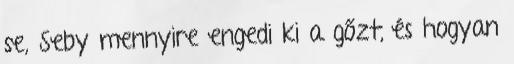
se, Seby mennyire engedi ki a gőzt, és hogyan